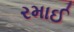
રમાઈ